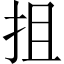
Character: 抯